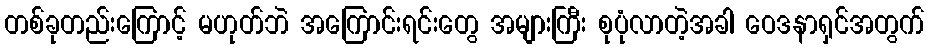
တစ်ခုတည်းကြောင့် မဟုတ်ဘဲ အကြောင်းရင်းတွေ အများကြီး စုပုံလာတဲ့အခါ ဝေဒနာရှင်အတွက်